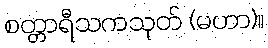
စတ္တာရီသကသုတ် (မဟာ)။